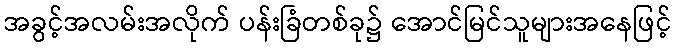
အခွင့်အလမ်းအလိုက် ပန်းခြံတစ်ခု၌ အောင်မြင်သူများအနေဖြင့်